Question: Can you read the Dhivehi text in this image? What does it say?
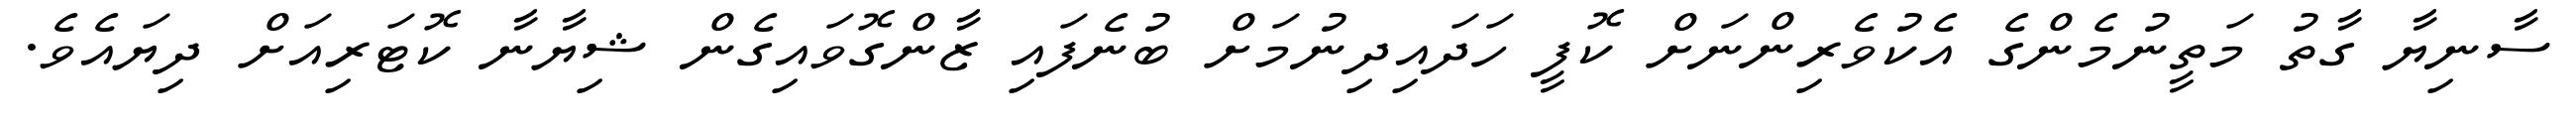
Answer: ސާނިޔާ ގާތު މަތީނުމެންގެ އެކުވެރިންނަށް ކޮފީ ހަދައިދިނުމަށް ބުނެފައި ޒާންގޮވައިގެން ޝިޔާނާ ކޮޓަރިއަށް ދިޔައެވެ.